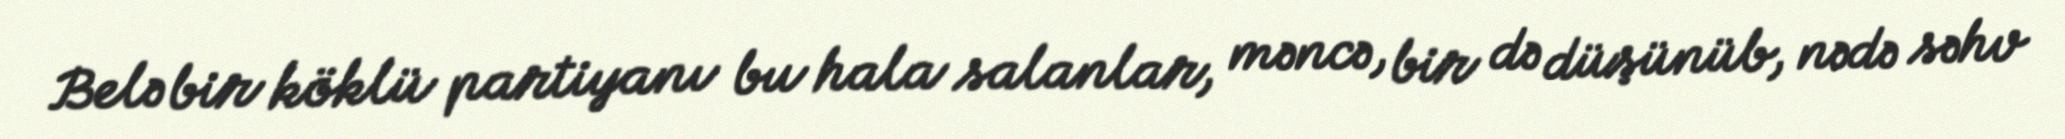
Belə bir köklü partiyanı bu hala salanlar, məncə, bir də düşünüb, nədə səhv